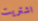
اشتريت